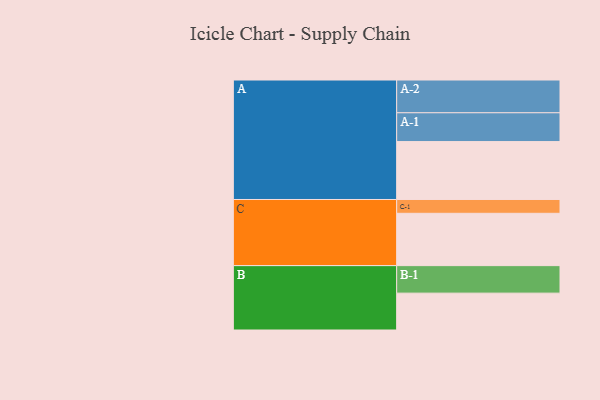
{"axis": {"x": "Segment", "y": "Value"}, "legend": ["", "A", "B", "C"], "data": [{"x": "A", "y": 495, "type": ""}, {"x": "B", "y": 315, "type": ""}, {"x": "C", "y": 447, "type": ""}, {"x": "A-1", "y": 246, "type": "A"}, {"x": "A-2", "y": 280, "type": "A"}, {"x": "B-1", "y": 235, "type": "B"}, {"x": "C-1", "y": 118, "type": "C"}]}